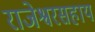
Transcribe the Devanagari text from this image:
राजेश्वरसहाय